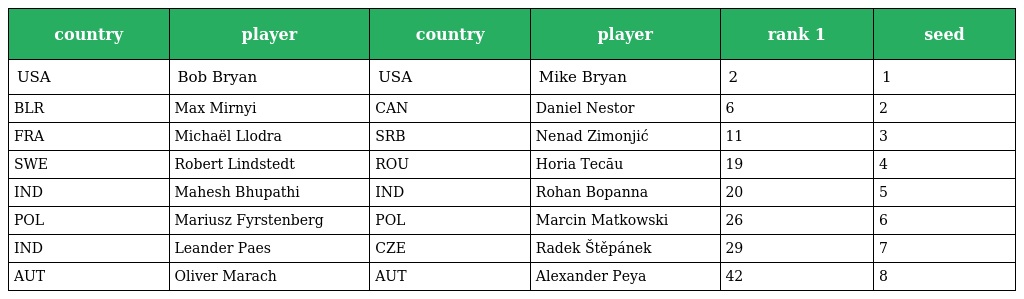
| country | player | country | player | rank 1 | seed |
 | --- | --- | --- | --- | --- | --- |
 | USA | Bob Bryan | USA | Mike Bryan | 2 | 1 |
 | BLR | Max Mirnyi | CAN | Daniel Nestor | 6 | 2 |
 | FRA | Michaël Llodra | SRB | Nenad Zimonjić | 11 | 3 |
 | SWE | Robert Lindstedt | ROU | Horia Tecău | 19 | 4 |
 | IND | Mahesh Bhupathi | IND | Rohan Bopanna | 20 | 5 |
 | POL | Mariusz Fyrstenberg | POL | Marcin Matkowski | 26 | 6 |
 | IND | Leander Paes | CZE | Radek Štěpánek | 29 | 7 |
 | AUT | Oliver Marach | AUT | Alexander Peya | 42 | 8 |